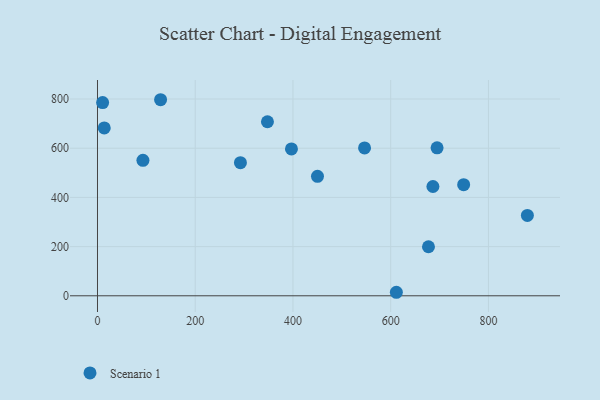
{"axis": {"x": "Price", "y": "Exam Score"}, "legend": ["Scenario 1"], "data": [{"x": "93.0", "y": 550.8, "type": "Scenario 1"}, {"x": "129.1", "y": 797.1, "type": "Scenario 1"}, {"x": "450.2", "y": 485.6, "type": "Scenario 1"}, {"x": "396.9", "y": 597.0, "type": "Scenario 1"}, {"x": "546.5", "y": 601.2, "type": "Scenario 1"}, {"x": "686.4", "y": 444.3, "type": "Scenario 1"}, {"x": "13.8", "y": 682.5, "type": "Scenario 1"}, {"x": "694.9", "y": 601.5, "type": "Scenario 1"}, {"x": "677.3", "y": 199.3, "type": "Scenario 1"}, {"x": "611.6", "y": 14.3, "type": "Scenario 1"}, {"x": "749.3", "y": 451.7, "type": "Scenario 1"}, {"x": "347.8", "y": 707.6, "type": "Scenario 1"}, {"x": "10.5", "y": 785.6, "type": "Scenario 1"}, {"x": "292.5", "y": 541.1, "type": "Scenario 1"}, {"x": "879.7", "y": 326.7, "type": "Scenario 1"}]}